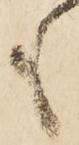
も